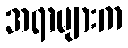
အရာများက